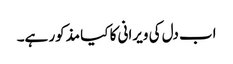
اب دل کی ویرانی کا کیا مذکور ہے۔